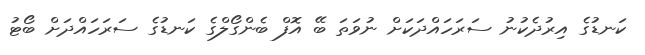
ކަނޑުގެ އިރުދެކުނު ސަރަހައްދަކަށް ނުވަތަ ބޭ އޮފް ބެންގޯލްގެ ކަނޑުގެ ސަރަހައްދަށް ބޯޓު